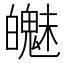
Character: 𲌯